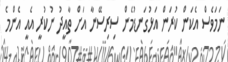
ނަމަވެސް އެކަން ކުރަން އަޅުގަނޑުމެން ސިރިސޭނާ އަށް ތާއީދު ނުކުރީ އެއީ އެންމެ